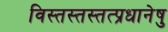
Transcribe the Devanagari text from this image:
विस्तस्तस्तत्प्रधानेषु